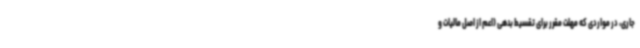
‌جاری، در مواردی که مهلت مقرر برای تقسیط بدهی (اعم از اصل مالیات و